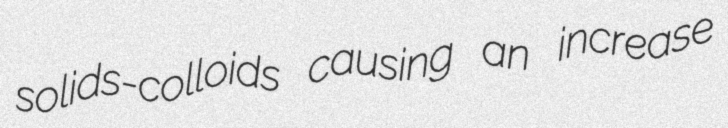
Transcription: solids-colloids causing an increase